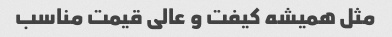
مثل همیشه کیفت و عالی قیمت مناسب